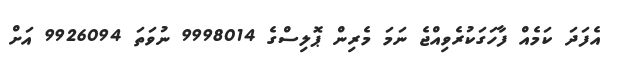
އެފަދަ ކަމެއް ފާހަގަކުރެވިއްޖެ ނަމަ މެރިން ޕޮލިސްގެ 9998014 ނުވަތަ 9926094 އަށް